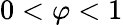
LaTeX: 0<\varphi<1